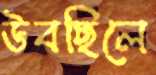
উবছিলে